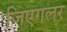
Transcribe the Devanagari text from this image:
जिएगलर